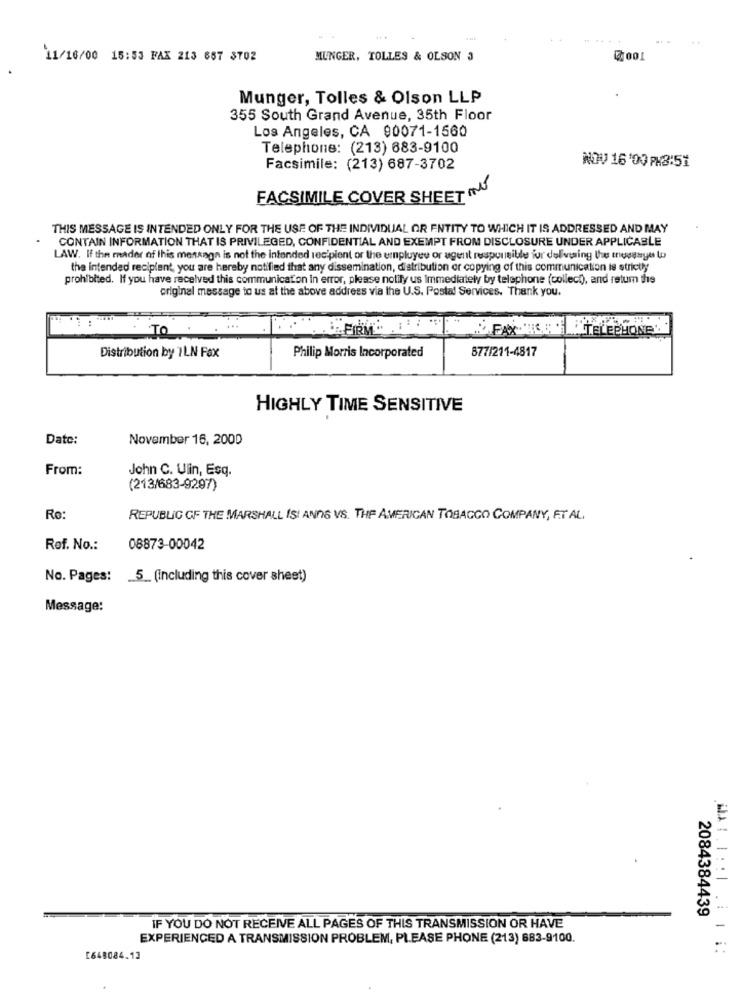
11/16/00 15:53 FAX 213 687 3702
MUNGER, TOLLES & OLSON 3
Munger, Tolles & Olson LLP
355 South Grand Avenue, 35th Floor
Los Angeles, CA 90071-1560
Telephone: (213) 683-9100
NOV 16'00 PX3:51
Facsimile: (213) 687-3702
FACSIMILE COVER SHEET N
THIS MESSAGE IS INTENDED ONLY FOR THE USE OF THE INDIVIDUAL OR ENTITY TO WHICH IT IS ADDRESSED AND MAY
CONTAIN INFORMATION THAT IS PRIVILEGED, CONFIDENTIAL AND EXEMPT FROM DISCLOSURE UNDER APPLICABLE
LAW. If the mader of this message is not the intended recipient or the employee or agent responsible for delivering the musasyes to
the intended recipient, you are hereby notified that any dissemination, distribution or copying of this communication is strictly
prohibited. If you have received this communication in error, please notify us immediately by telephone (collect), and return the
original message to us at the above address via the U.S. Postal Services. Thank you.
FAX .
TELEPHONEW
TO
877/211-4817
Distribution by 7LN Fax
Philip Morris Incorporated
HIGHLY TIME SENSITIVE
Date:
November 16, 2000
From:
John C. Ulin, Esq.
(213/683-9297)
Re:
REPUBLIC OF THE MARSHALL IS! ANDG VIS. THE AMERICAN TOBACCO COMPANY, ET AL.
Ref. No .:
08873-00042
No. Pages:
_5_(including this cover sheet)
Message:
MAL. 1 : : 1
2084384439
IF YOU DO NOT RECEIVE ALL PAGES OF THIS TRANSMISSION OR HAVE
EXPERIENCED A TRANSMISSION PROBLEM, PLEASE PHONE (213) 683-9100.
[648084.13